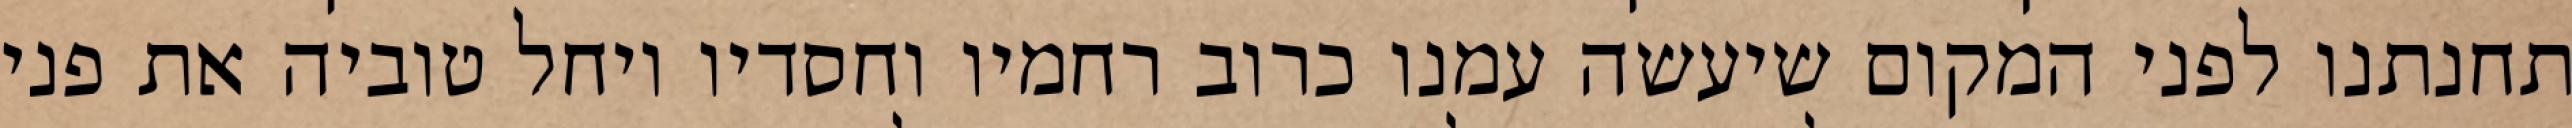
תחנתנו לפני המקום שיעשה עמנו כרוב רחמיו וחסדיו ויחל טוביה את פני